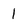
Character: 1